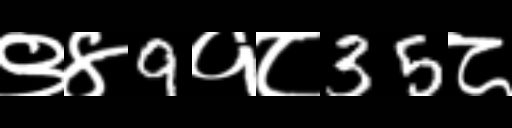
Text: ९४9१८35८